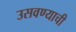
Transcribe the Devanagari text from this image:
उसवण्याची